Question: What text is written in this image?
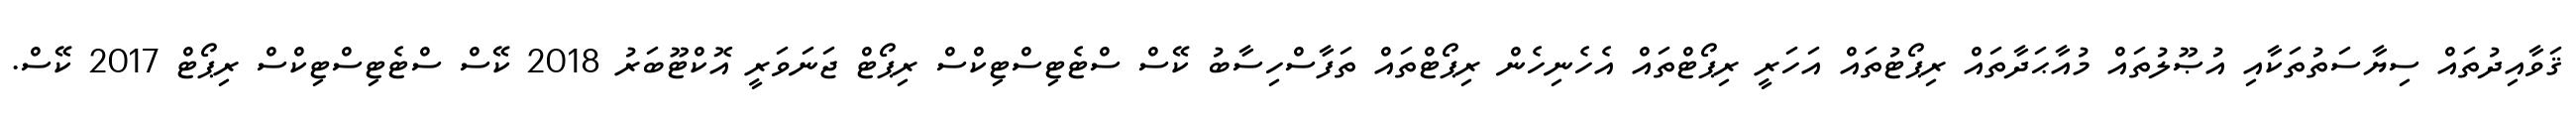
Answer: ޤަވާއިދުތައް ސިޔާސަތުތަކާއި އުޞޫލުތައް މުއާޙަދާތައް ރިޕޯޓުތައް އަހަރީ ރިޕޯޓްތައް އެހެނިހެން ރިޕޯޓްތައް ތަފާސްހިސާބު ކޭސް ސްޓެޓިސްޓިކްސް ރިޕޯޓް ޖަނަވަރީ އޮކްޓޫބަރު 2018 ކޭސް ސްޓެޓިސްޓިކްސް ރިޕޯޓް 2017 ކޭސް.